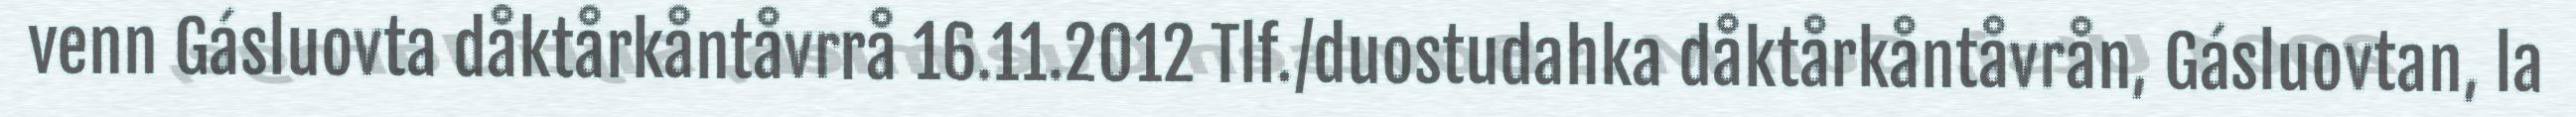
venn Gásluovta dåktårkåntåvrrå 16.11.2012 Tlf./duostudahka dåktårkåntåvrån, Gásluovtan, la